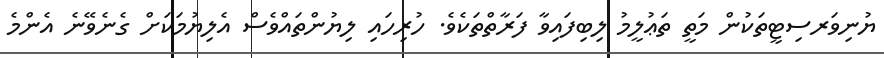
ޔުނިވަރސިޓީތަކުން މަތީ ތަޢުލީމު ލިބިފައިވާ ފަރާތްތަކެވެ. ހުރިހައި ލިޔުންތައްވެސް އެލިޔުމަކަށް ގެނެވޭނެ އެންމެ